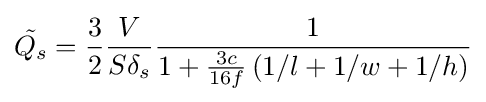
{\tilde {Q_{s}}}={\frac {3}{2}}{\frac {V}{S\delta _{s}}}{\frac {1}{1+{\frac {3c}{16f}}\left(1/l+1/w+1/h\right)}}